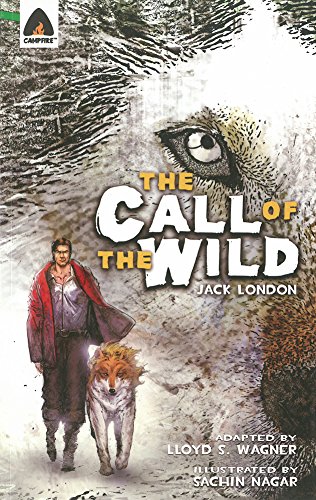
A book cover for The Call of the Wild: The Graphic Novel (Campfire Graphic Novels); Jack London; Comics & Graphic Novels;